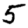
Digit: 5